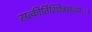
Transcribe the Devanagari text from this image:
सत्कीर्तिश्छिन्नसंशयः।।